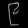
Digit: ၉